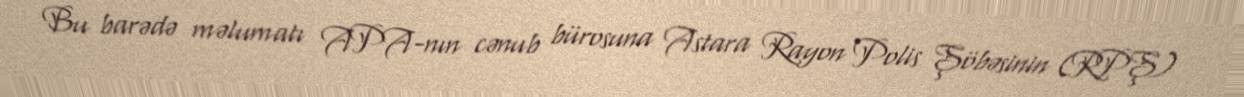
Bu barədə məlumatı APA-nın cənub bürosuna Astara Rayon Polis Şöbəsinin (RPŞ)